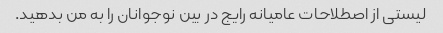
لیستی از اصطلاحات عامیانه رایج در بین نوجوانان را به من بدهید.